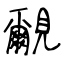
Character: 覼